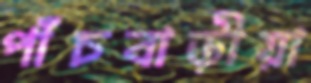
পাঁচবাড়ীয়া